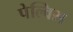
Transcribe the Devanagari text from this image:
पेल्विस